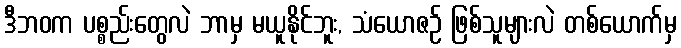
ဒီဘဝက ပစ္စည်းတွေလဲ ဘာမှ မယူနိုင်ဘူး, သံယောဇဉ် ဖြစ်သူများလဲ တစ်ယောက်မှ